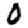
Digit: 0